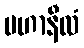
မဟာနီလံ